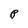
Character: P